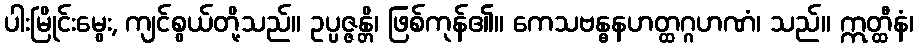
ပါးမြိုင်းမွေး, ကျင်စွယ်တို့သည်။ ဥပ္ပဇ္ဇန္တိ၊ ဖြစ်ကုန်၏။ ကေသဗန္ဓနဟတ္ထဂ္ဂဟဏံ၊ သည်။ ဣတ္ထီနံ၊